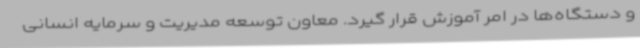
و دستگاه‌ها در امر آموزش قرار گیرد. معاون توسعه مدیریت و سرمایه انسانی